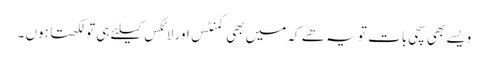
ویسے بھی سچی بات تو یہ ھے کہ میں بھی کمنٹس اور لائکس کیلئے ہی تو لکھتا ہوں ۔